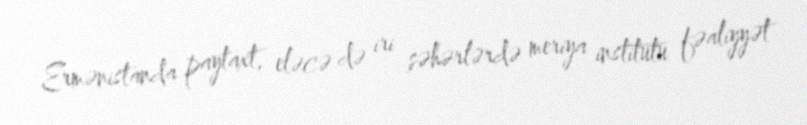
Ermənistanda paytaxt, eləcə də iri şəhərlərdə meriya institutu fəaliyyət